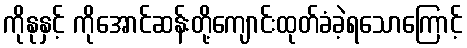
ကိုနုနှင့် ကိုအောင်ဆန်းတို့ကျောင်းထုတ်ခံခဲ့ရသောကြောင့်